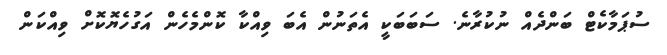
ސުޕަމާކެޓް ބަންދެއް ނުކުރާނެ. ސަބަބަކީ އެތަނުން އެބަ ވިއްކާ ކޮންމެހެން އަގުހެޔޮކޮށް ވިއްކަން